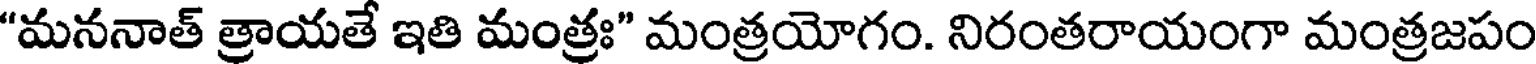
"మననాత్ త్రాయతే ఇతి మంత్రః" మంత్రయోగం. నిరంతరాయంగా మంత్రజపం